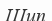
Шип